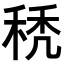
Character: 𥟉